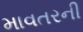
માવતરની